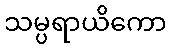
သမ္ပရာယိကော